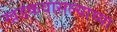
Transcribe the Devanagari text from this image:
खडकवासल्याच्या